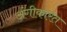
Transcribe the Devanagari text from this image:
अंगीकारत